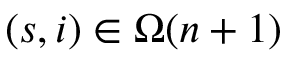
( s , i ) \in \Omega ( n + 1 )